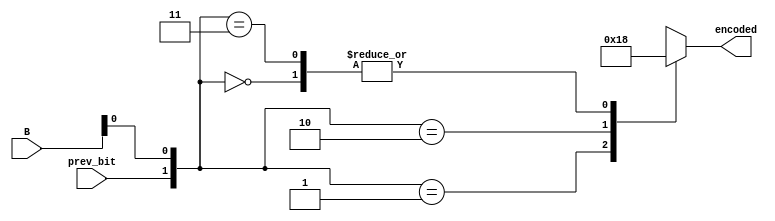
module booth_encoder (
    input [3:0] B,          // 4-bit multiplier
    input prev_bit,         // previous bit (initially 0)
    output reg [1:0] encoded
);
    always @(*) begin
        case ({prev_bit, B[0]})
            2'b00: encoded = 2'b00; // 0
            2'b01: encoded = 2'b01; // +A
            2'b10: encoded = 2'b10; // -A
            2'b11: encoded = 2'b00; // 0
            default: encoded = 2'b00;
        endcase
    end
endmodule